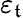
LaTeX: \varepsilon_{\mathfrak{t}}